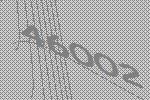
46002